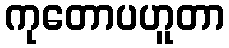
ကုတောပဟူတာ